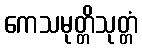
ကေသမုတ္တိသုတ္တံ